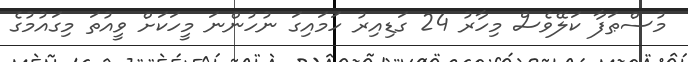
މުސްޠަފާ ކަލޭވެސް މިހާރު 24 ގަޑިއިރު ހަމައިގަ ނުހުންނަ މީހަކަށް ވީއުތަ މިގައުމުގެ